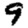
Digit: 9